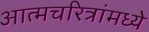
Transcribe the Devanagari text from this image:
आत्मचरित्रांमध्ये